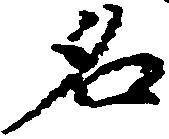
名